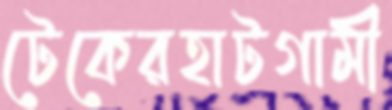
টেকেরহাটগামী